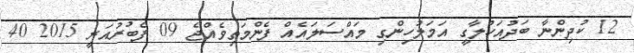
12 ކުދިންނާ ބަދުއަހުލާގީ އަމަލުހިންގި މައްސަލައެއް ފެންމަތިވެއްޖެ 09 ފެބުރުއަރީ 2015 40